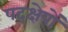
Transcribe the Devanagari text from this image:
पदक्षेपों